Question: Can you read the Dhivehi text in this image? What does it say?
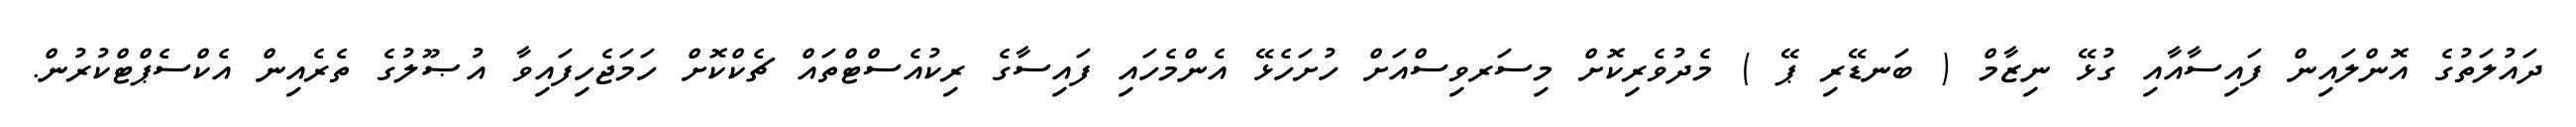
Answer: ދައުލަތުގެ އޮންލައިން ފައިސާއާއި ގުޅޭ ނިޒާމް ( ބަނޑޭރި ޕޭ ) މެދުވެރިކޮށް މިސަރވިސްއަށް ހުށަހެޅޭ އެންމެހައި ފައިސާގެ ރިކުއެސްޓްތައް ޗެކްކޮށް ހަމަޖެހިފައިވާ އުޞޫލުގެ ތެރެއިން އެކްސެޕްޓްކުރުން.